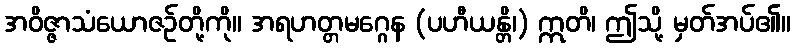
အဝိဇ္ဇာသံယောဇဉ်တို့ကို။ အရဟတ္တမဂ္ဂေန (ပဟီယန္တိ၊) ဣတိ၊ ဤသို့ မှတ်အပ်၏။